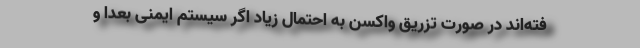
فته‌اند در صورت تزریق واکسن به احتمال زیاد اگر سیستم ایمنی بعدا و